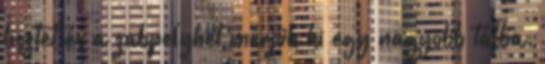
lisztet és a zabpelyhet mérjük ki egy nagyobb tálba.